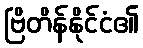
ဗြိတိန်နိုင်ငံ၏